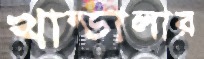
খান্ডালার